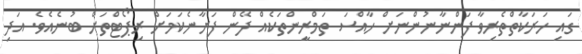
ގައި ހަރަކާތްތެރިވާ ފަންނާނުންނަށް ހާއްސަ ތަމްރީންތަކެއް ދޭން ފަށާނެކަމަށް ރިޕޯޓްތަށް ބުނެއެވެ. އަދި